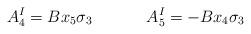
LaTeX: \begin{align*}A_4^I = B x_5 \sigma_3 ~~~~~~~~~~A_5^I = -B x_4 \sigma_3\end{align*}